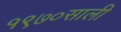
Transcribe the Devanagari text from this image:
१९७०साली